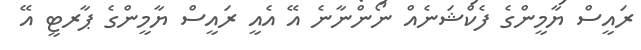
ރައީސް ޔާމީންގެ ފެކްޝަނެއް ނޯންނާނެ އޭ އެއީ ރައީސް ޔާމީންގެ ޕާރޓީ އޭ